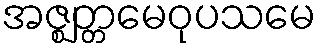
အဇ္ဈတ္တမေဝုပသမေ